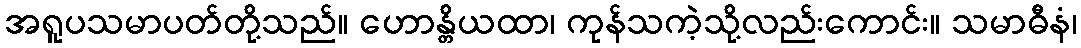
အရူပသမာပတ်တို့သည်။ ဟောန္တိယထာ၊ ကုန်သကဲ့သို့လည်းကောင်း။ သမာဓီနံ၊